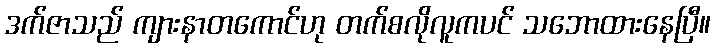
ဒက်ဇာသည် ကျားနာတကောင်ဟု တက်စလိုလူကပင် သဘောထားနေပြီ။